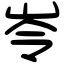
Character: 岺